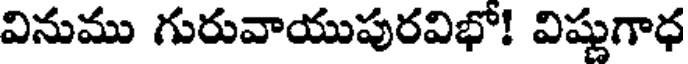
వినుము గురువాయుపురవిభో! విష్ణుగాధ